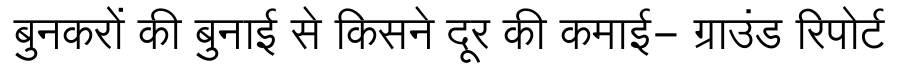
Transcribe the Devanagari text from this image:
बुनकरों की बुनाई से किसने दूर की कमाई- ग्राउंड रिपोर्ट